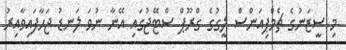
މި ސީޒަނުގެ ޗެމްޕިއަންސް ލީގުގެ ގްރޫޕް ސްޓޭޖުގައި އޭނާ ނުވަ ލަނޑު ޖަހާފައިވާއިރު